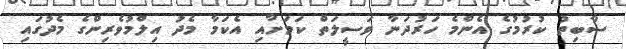
ސާބިތު ކުރުމުގެ އެންމެ ހަރުދަނާ ވަސީލަތް ކަމަށާއި އެކަމާ މެދު އިލްމުވެރިންގެ މެދުގައި